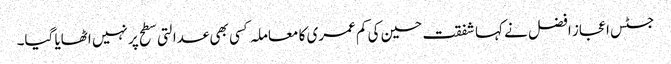
جسٹس اعجاز افضل نے کہا شفقت حسین کی کم عمری کا معاملہ کسی بھی عدالتی سطح پر نہیں اٹھایا گیا۔